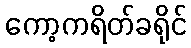
ကော့ကရိတ်ခရိုင်